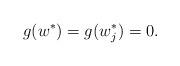
LaTeX: \begin{align*} g(w^*) = g(w_j^*) = 0. \end{align*}